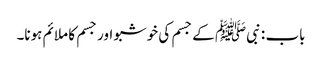
باب : نبیﷺ کے جسم کی خوشبو اور جسم کا ملائم ہونا۔